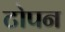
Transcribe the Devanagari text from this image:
टोपन